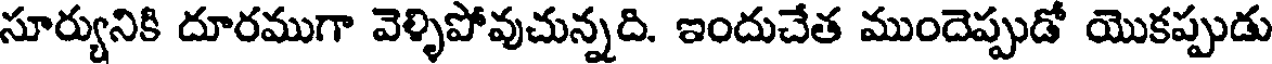
సూర్యునికి దూరముగా వెళ్ళిపోవుచున్నది. ఇందుచేత ముందెప్పుడో యొకప్పుడు